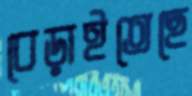
বেড়াইতেছে